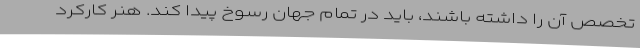
تخصص آن را داشته باشند، باید در تمام جهان رسوخ پیدا کند. هنر کارکرد